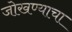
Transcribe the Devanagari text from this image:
जोखण्याचा